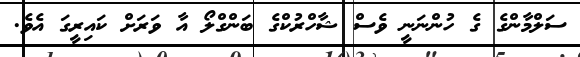
ސަލްމާންގެ ގެ ހުންނަނީ ވެސް ޝާހްރުކްގެ ބަންގްލޯ އާ ވަރަށް ކައިރީގަ އެވެ.